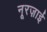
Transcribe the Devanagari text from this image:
नूरज़ाई